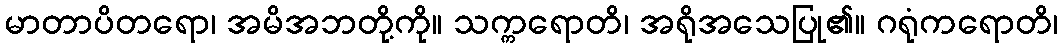
မာတာပိတရော၊ အမိအဘတို့ကို။ သက္ကရောတိ၊ အရိုအသေပြု၏။ ဂရုံကရောတိ၊